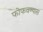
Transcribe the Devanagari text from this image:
फोफवण्यास